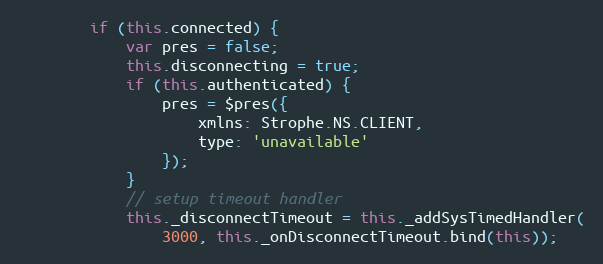
Language: JavaScript
        if (this.connected) {
            var pres = false;
            this.disconnecting = true;
            if (this.authenticated) {
                pres = $pres({
                    xmlns: Strophe.NS.CLIENT,
                    type: 'unavailable'
                });
            }
            // setup timeout handler
            this._disconnectTimeout = this._addSysTimedHandler(
                3000, this._onDisconnectTimeout.bind(this));